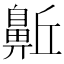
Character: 𪖛